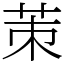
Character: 茦